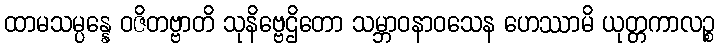
ထာမသမ္ပန္နေ ဝဇိတဗ္ဗာတိ သုနိဗ္ဗေဌိတော သမ္ဘာဝနာဝသေန ဟေဿာမိ ယုတ္တကာလဉ္စ